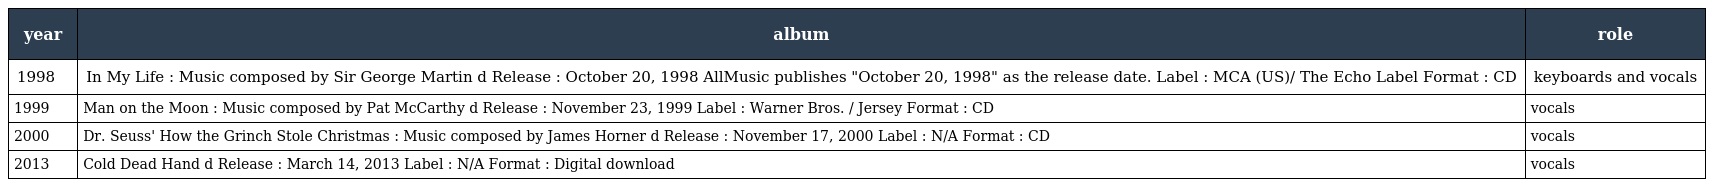
| year | album | role |
 | --- | --- | --- |
 | 1998 | In My Life : Music composed by Sir George Martin d Release : October 20, 1998 AllMusic publishes "October 20, 1998" as the release date. Label : MCA (US)/ The Echo Label Format : CD | keyboards and vocals |
 | 1999 | Man on the Moon : Music composed by Pat McCarthy d Release : November 23, 1999 Label : Warner Bros. / Jersey Format : CD | vocals |
 | 2000 | Dr. Seuss' How the Grinch Stole Christmas : Music composed by James Horner d Release : November 17, 2000 Label : N/A Format : CD | vocals |
 | 2013 | Cold Dead Hand d Release : March 14, 2013 Label : N/A Format : Digital download | vocals |